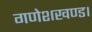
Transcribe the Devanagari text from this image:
गणेशखण्ड।